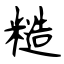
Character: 糙